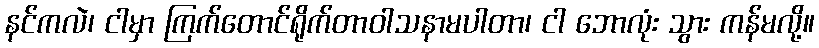
နင်ကလဲ၊ ငါမှာ ကြက်တောင်ရိုက်တာဝါသနာမပါတာ၊ ငါ ဘောလုံး သွား ကန်မလို့။